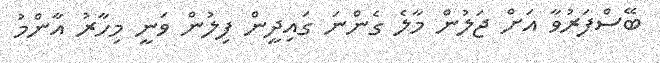
ބޭސްފަރުވާ އަށް ޖަލުން މާލެ ގެންނަ ގައިދީން ފިލުން ވަނީ މިހާރު އާންމު